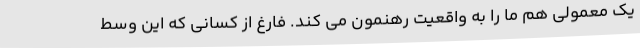
یک معمولی هم ما را به واقعیت رهنمون می کند. فارغ از کسانی که این وسط